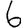
Digit: 6